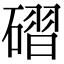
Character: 磖